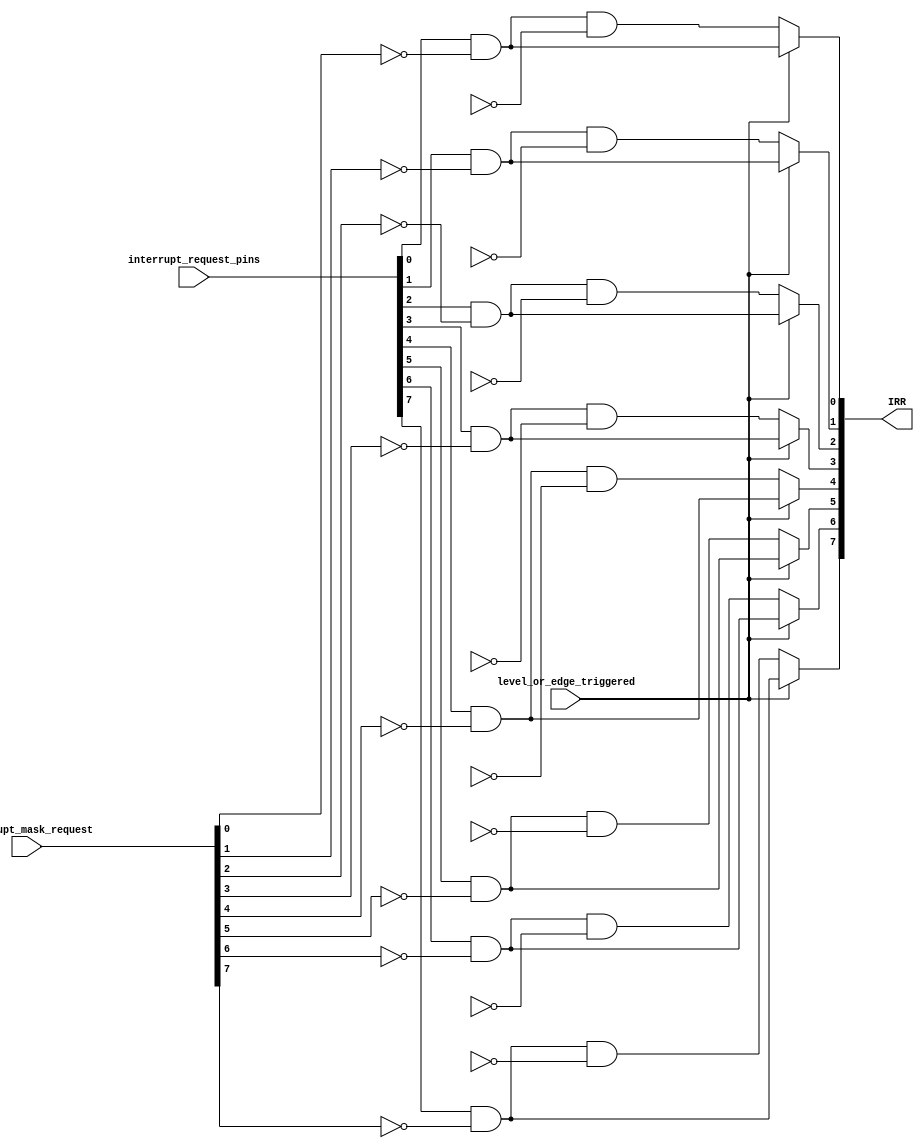
module Interrupt_Request (
    input [7:0] interrupt_request_pins,
    input [7:0] interrupt_mask_request,
    output reg [7:0] IRR,
    input level_or_edge_triggered
);

    reg [7:0] interrupt_previous_request;

    always @* begin
        if (level_or_edge_triggered) begin  // level triggered
            // Set the interrupt requests in interrupt request register
            IRR[0] <= interrupt_request_pins[0] & ~interrupt_mask_request[0];
            IRR[1] <= interrupt_request_pins[1] & ~interrupt_mask_request[1];
            IRR[2] <= interrupt_request_pins[2] & ~interrupt_mask_request[2];
            IRR[3] <= interrupt_request_pins[3] & ~interrupt_mask_request[3];
            IRR[4] <= interrupt_request_pins[4] & ~interrupt_mask_request[4];
            IRR[5] <= interrupt_request_pins[5] & ~interrupt_mask_request[5];
            IRR[6] <= interrupt_request_pins[6] & ~interrupt_mask_request[6];
            IRR[7] <= interrupt_request_pins[7] & ~interrupt_mask_request[7];
        end
        else begin  // edge triggered
            IRR[0] <= (interrupt_request_pins[0] & ~interrupt_mask_request[0]) & ~interrupt_previous_request[0];
            IRR[1] <= (interrupt_request_pins[1] & ~interrupt_mask_request[1]) & ~interrupt_previous_request[1];
            IRR[2] <= (interrupt_request_pins[2] & ~interrupt_mask_request[2]) & ~interrupt_previous_request[2];
            IRR[3] <= (interrupt_request_pins[3] & ~interrupt_mask_request[3]) & ~interrupt_previous_request[3];
            IRR[4] <= (interrupt_request_pins[4] & ~interrupt_mask_request[4]) & ~interrupt_previous_request[4];
            IRR[5] <= (interrupt_request_pins[5] & ~interrupt_mask_request[5]) & ~interrupt_previous_request[5];
            IRR[6] <= (interrupt_request_pins[6] & ~interrupt_mask_request[6]) & ~interrupt_previous_request[6];
            IRR[7] <= (interrupt_request_pins[7] & ~interrupt_mask_request[7]) & ~interrupt_previous_request[7];
        end
    end

endmodule


`timescale 1ns / 1ps  // Adjust the timescale as needed

module tb_Interrupt_Request;

    // Inputs
    reg [7:0] interrupt_request_pins;
    reg [7:0] interrupt_mask_request;
    reg level_or_edge_triggered;

    // Outputs
    wire [7:0] IRR;

    // Instantiate the module under test
    Interrupt_Request uut (
        .interrupt_request_pins(interrupt_request_pins),
        .interrupt_mask_request(interrupt_mask_request),
        .IRR(IRR),
        .level_or_edge_triggered(level_or_edge_triggered)
    );

    // Initial block for stimulus and monitoring
    initial begin
        // Apply stimulus
        interrupt_request_pins = 8'b11000111;  // Set your test values
        interrupt_mask_request = 8'b10000001;  // Set your test values
        level_or_edge_triggered = 1'b1;  // 0 for edge-triggered, 1 for level-triggered

        // Monitor outputs
        $monitor("Time=%0t => IRR=%b", $time, IRR);

        // Add more test scenarios as needed

        // End simulation after a certain time
        #100 $finish;
    end

endmodule